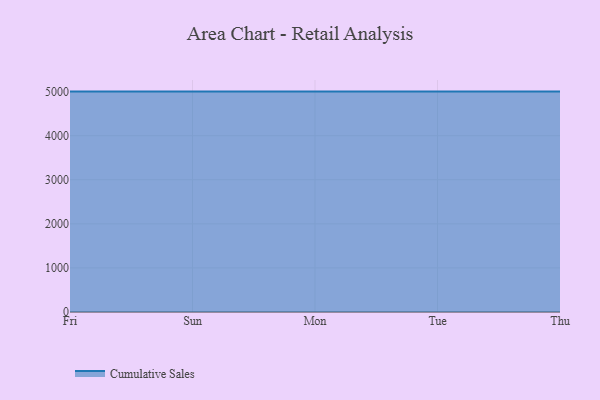
{"axis": {"x": "Day", "y": "Active Users"}, "legend": ["Cumulative Sales"], "data": [{"x": "Fri", "y": 5000, "type": "Cumulative Sales"}, {"x": "Sun", "y": 5000, "type": "Cumulative Sales"}, {"x": "Mon", "y": 5000, "type": "Cumulative Sales"}, {"x": "Tue", "y": 5000, "type": "Cumulative Sales"}, {"x": "Thu", "y": 5000, "type": "Cumulative Sales"}]}